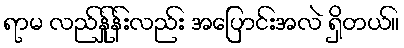
ရာမ လည်န်ှုန်းလည်း အပြောင်းအလဲ ရှိတယ်။